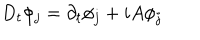
D _ { t } \phi _ { j } = \partial _ { t } \phi _ { j } + i A \phi _ { j }